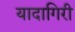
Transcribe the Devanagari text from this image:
यादागिरी